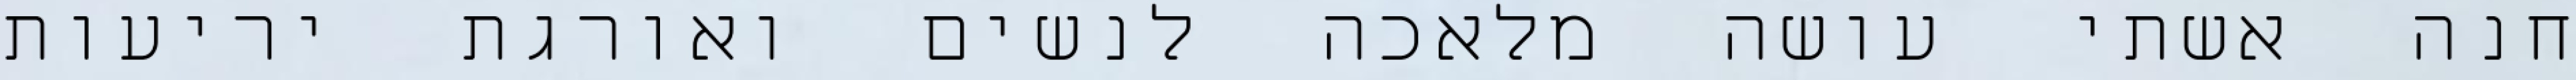
חנה אשתי עושה מלאכה לנשים ואורגת יריעות